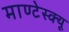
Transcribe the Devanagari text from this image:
माण्टेस्क्यू